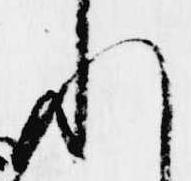
れ